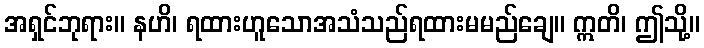
အရှင်ဘုရား။ နဟိ၊ ရထားဟူသောအသံသည်ရထားမမည်ချေ။ ဣတိ၊ ဤသို့။